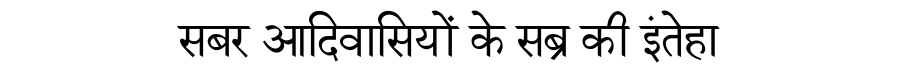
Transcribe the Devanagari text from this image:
सबर आदिवासियों के सब्र की इंतेहा